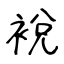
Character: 裞